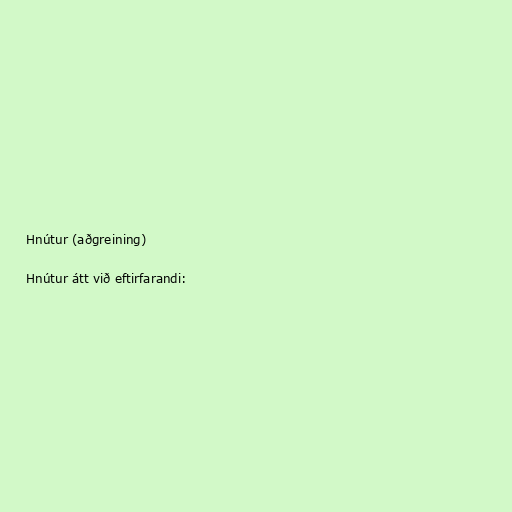
Hnútur (aðgreining)

Hnútur átt við eftirfarandi: